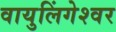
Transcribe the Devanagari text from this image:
वायुलिंगेश्वर